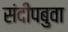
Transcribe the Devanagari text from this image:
संदीपबुवा